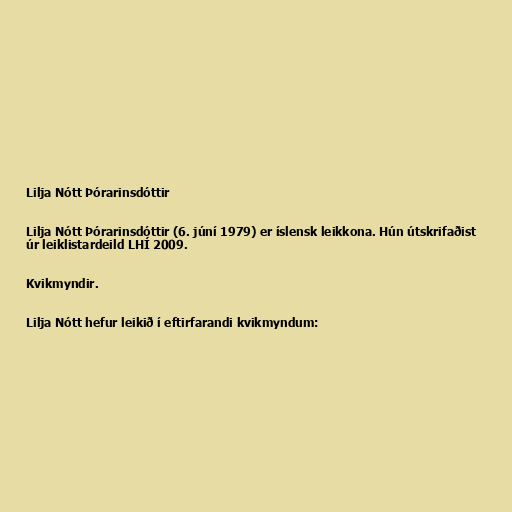
Lilja Nótt Þórarinsdóttir

Lilja Nótt Þórarinsdóttir (6. júní 1979) er íslensk leikkona. Hún útskrifaðist
úr leiklistardeild LHÍ 2009.

Kvikmyndir.

Lilja Nótt hefur leikið í eftirfarandi kvikmyndum: